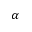
\boldsymbol { \alpha }